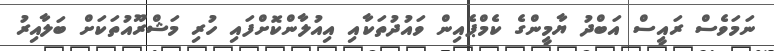
ނަމަވެސް ރައީސް އަބްދު ޔާމީންގެ ކެމްޕެއިން ވައުދުތަކާއި އިއުލާންކޮށްފައި ހުރި މަޝްރޫއުތަކަށް ބަލާއިރު